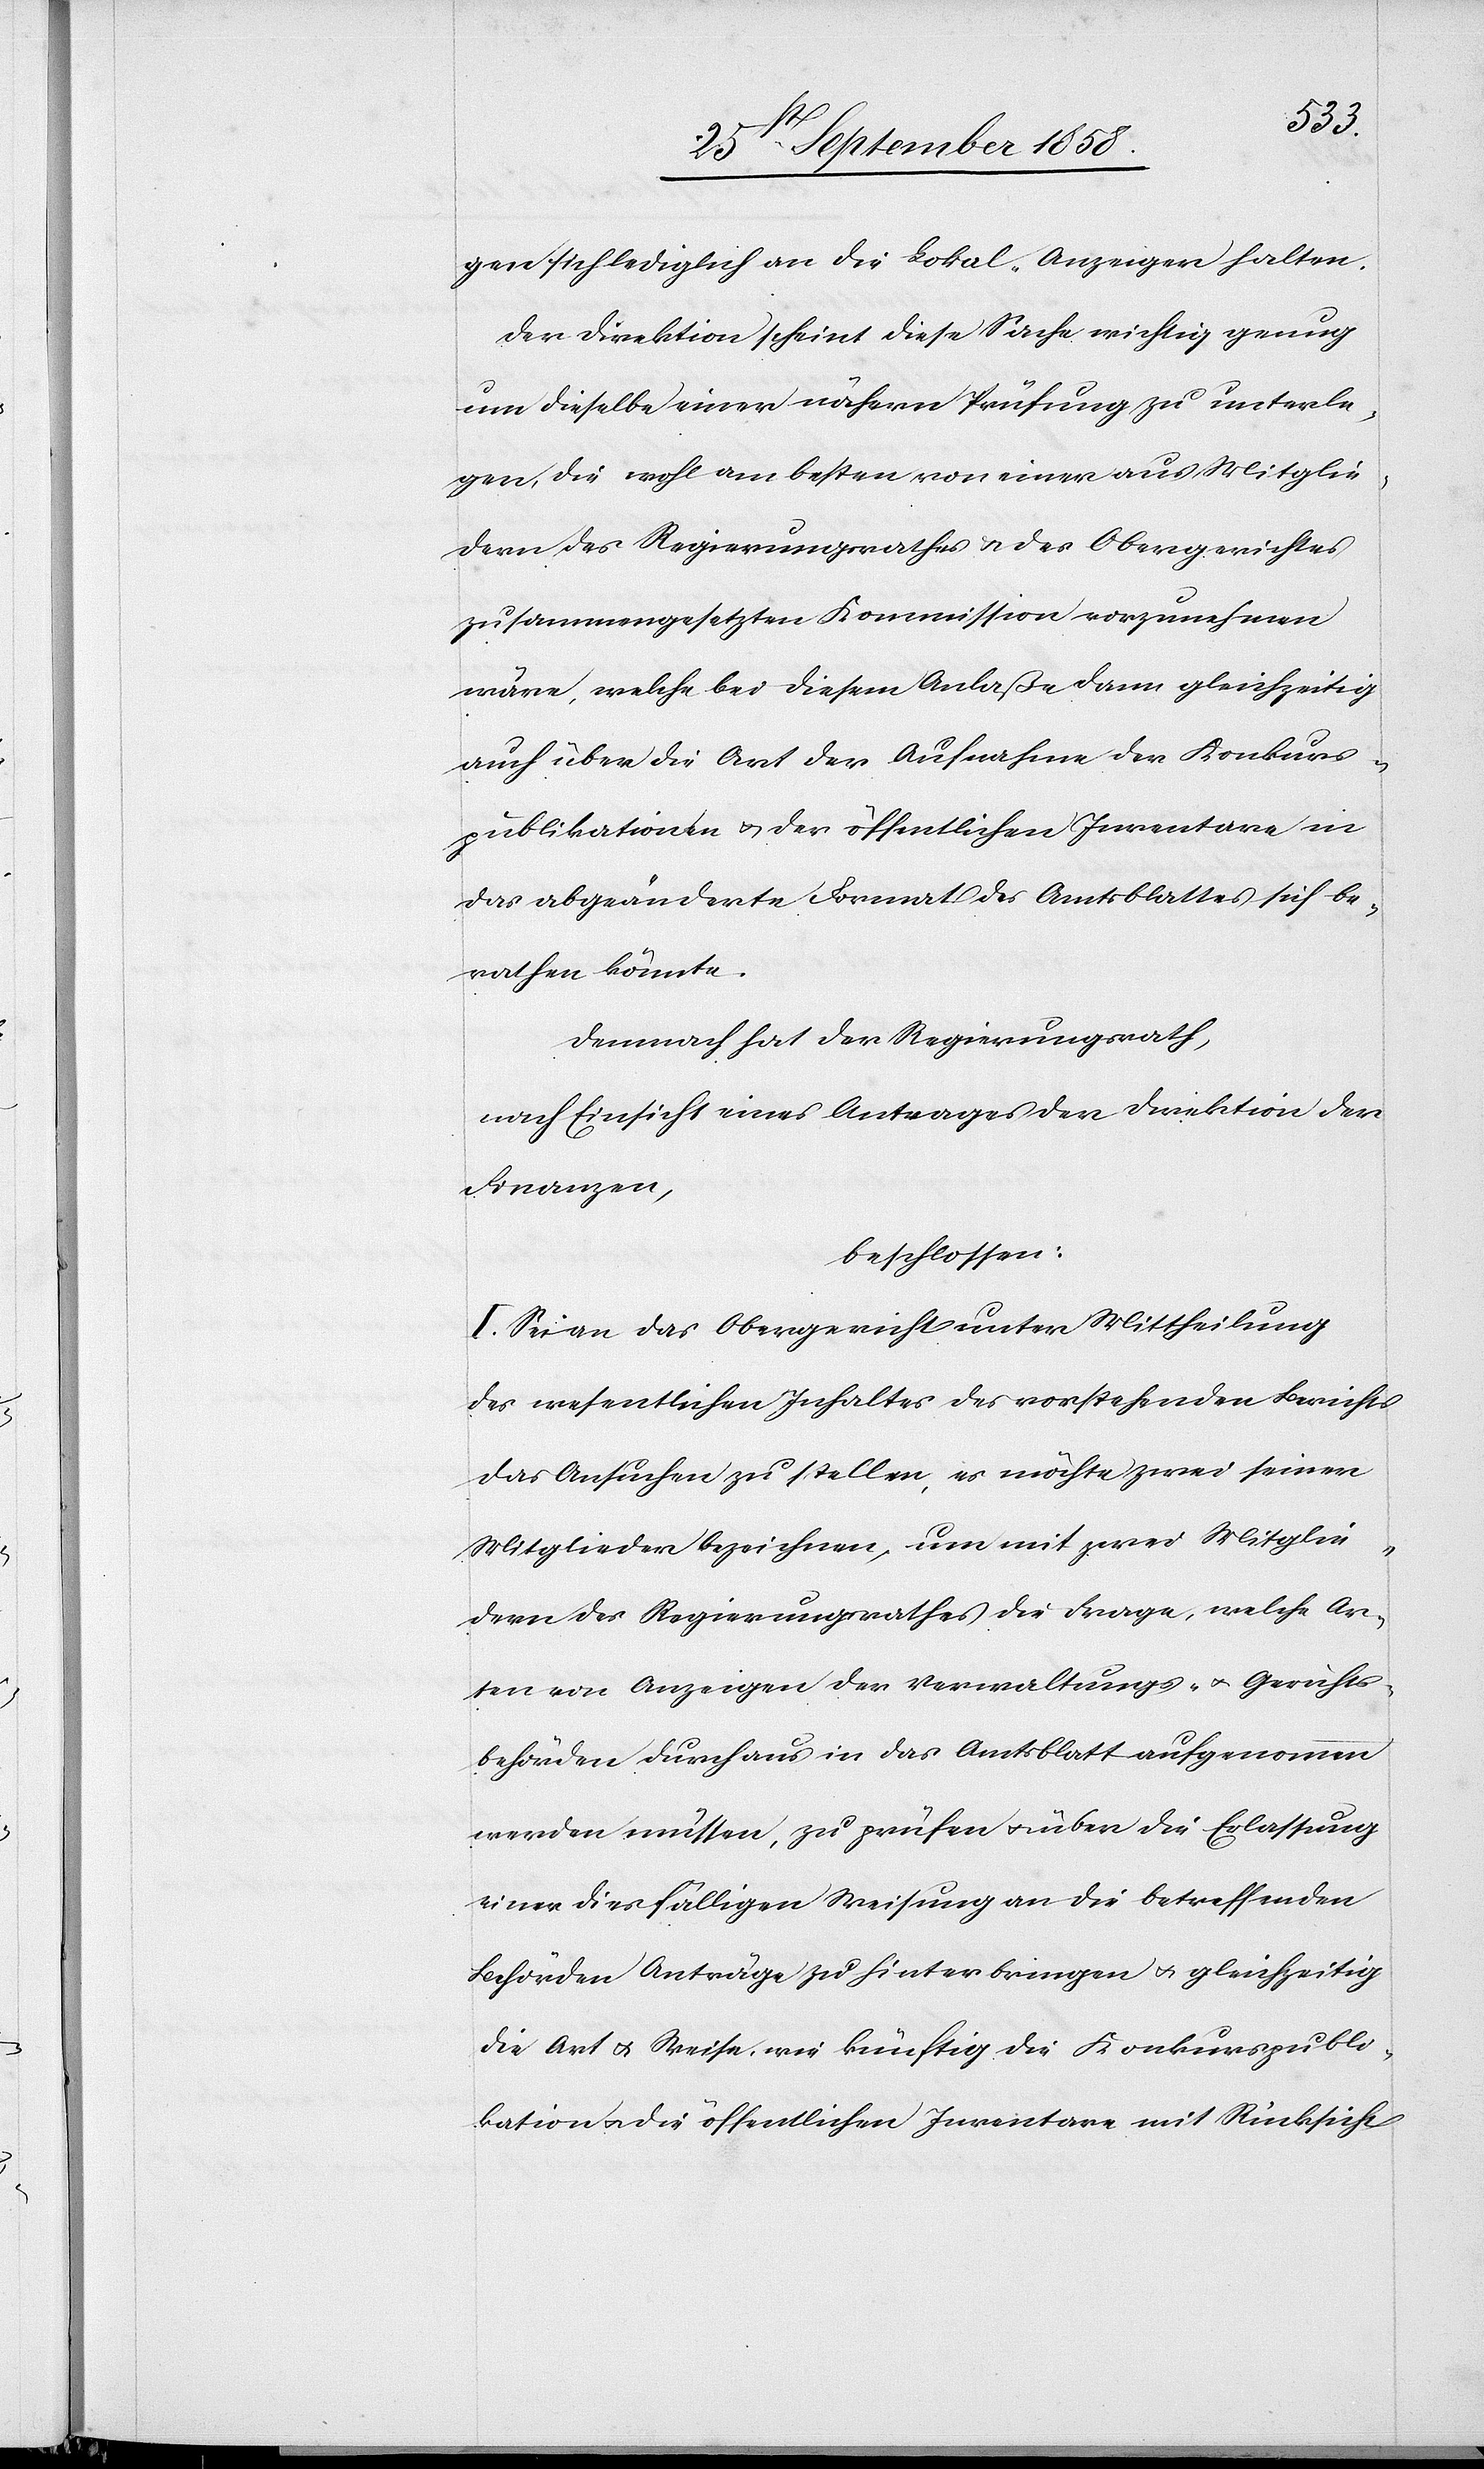
gen sich lediglich an die Lokal-Anzeigen halten.
Der Direktion scheint diese Sache wichtig genug
um dieselbe einer nähern Prüfung zu unterle¬
gen, die wohl am besten von einer aus Mitglie¬
dern des Regierungsrathes & des Obergerichtes
zusammengesetzten Kommission vorzunehmen
wäre, welche bei diesem Anlaße dann gleichzeitig
auch über die Art der Aufnahme der Konkurs¬
publikationen & der öffentlichen Inventare in
das abgeänderte Format des Amtsblattes sich be¬
rathen könnte.
Demnach hat der Regierungsrath,
nach Einsicht eines Antrages der Direktion der
Finanzen,
beschlossen:
I. Sei an das Obergericht unter Mittheilung
des wesentlichen Inhaltes des vorstehenden Berichts
das Ansuchen zu stellen, es möchte zwei seiner
Mitglieder bezeichnen, um mit zwei Mitglie¬
dern des Regierungsrathes die Frage, welche Ar¬
ten von Anzeigen der Verwaltungs- & Gerichts¬
behörden durchaus in das Amtsblatt aufgenommen
werden müssen, zu prüfen & über die Erlassung
einer diesfälligen Weisung an die betreffenden
Behörden Anträge zu hinterbringen & gleichzeitig
die Art & Weise, wie künftig die Konkurspubli¬
kation & die öffentlichen Inventare mit Rücksicht